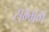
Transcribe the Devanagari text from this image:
सम्भ्रम